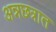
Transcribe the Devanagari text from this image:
अन्नछत्रात